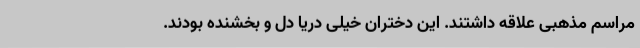
مراسم مذهبی علاقه داشتند. این دختران خیلی دریا دل و بخشنده بودند.